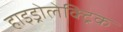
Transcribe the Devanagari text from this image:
हाइड्रोलेक्ट्रिक